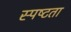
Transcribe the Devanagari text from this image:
स्‍पष्‍टता